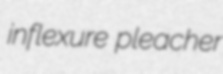
inflexure pleacher